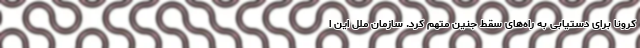
کرونا برای دستیابی به راه‌های سقط جنین متهم کرد. سازمان ملل این ا